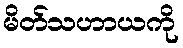
မိတ်သဟာယကို